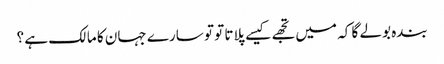
بندہ بولے گا کہ میں تجھے کیسے پلاتا تو تو سارے جہان کا مالک ہے ؟